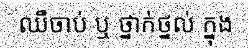
ឈឺចាប់ ឬ ថ្នាក់ថ្នល់ ក្នុង